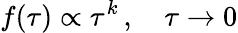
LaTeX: f(\tau)\propto\tau^{k}\, ,\quad\tau\to 0